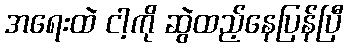
အရေးထဲ ငါ့ကို ဆွဲထည့်နေပြန်ပြီ